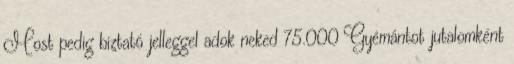
Most pedig biztató jelleggel adok neked 75.000 Gyémántot jutalomként